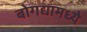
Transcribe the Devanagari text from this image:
बोगद्यामध्ये